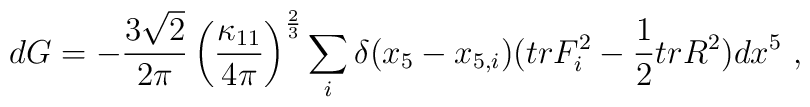
d G = -{3 \sqrt 2 \over 2 \pi} \left( \frac{\kappa_{11}}{4\pi} \right)^{2 \over 3} \sum_i \delta (x_5-x_{5,i}) (tr F_i^2-{1 \over 2}tr R^2) dx^5 \ ,